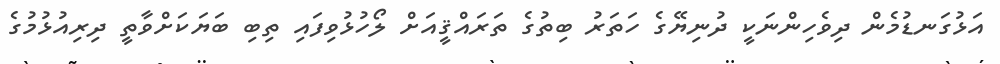
އަޅުގަނޑުމެން ދިވެހިންނަކީ ދުނިޔޭގެ ހަތަރު ބިތުގެ ތަރައްޤީއަށް ލޯހުޅުވިފައި ތިބި ބަޔަކަށްވާތީ ދިރިއުޅުމުގެ